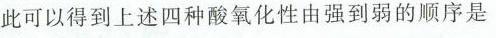
此可以得到上述四种酸氧化性由强到弱的顺序是